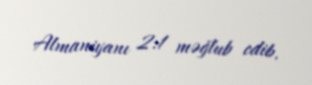
Almaniyanı 2:1 məğlub edib.